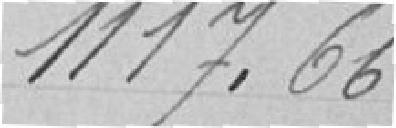
1117. 66